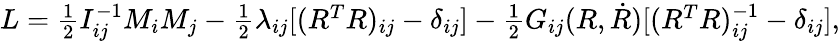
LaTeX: \begin{array}{r}{L=\frac 12I_{ij}^{-1}M_{i}M_{j}-\frac 12\lambda_{ij}[(R^{T}R)_{ij}-\delta_{ij}]-\frac 12G_{ij}(R,\dot{R})[(R^{T}R)_{ij}^{-1}-\delta_{ij}],}\end{array}